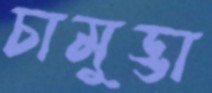
চামুড্ডা